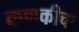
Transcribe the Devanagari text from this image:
कणकीचा